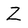
Character: Z